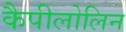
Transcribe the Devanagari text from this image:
कैपीलोलिन